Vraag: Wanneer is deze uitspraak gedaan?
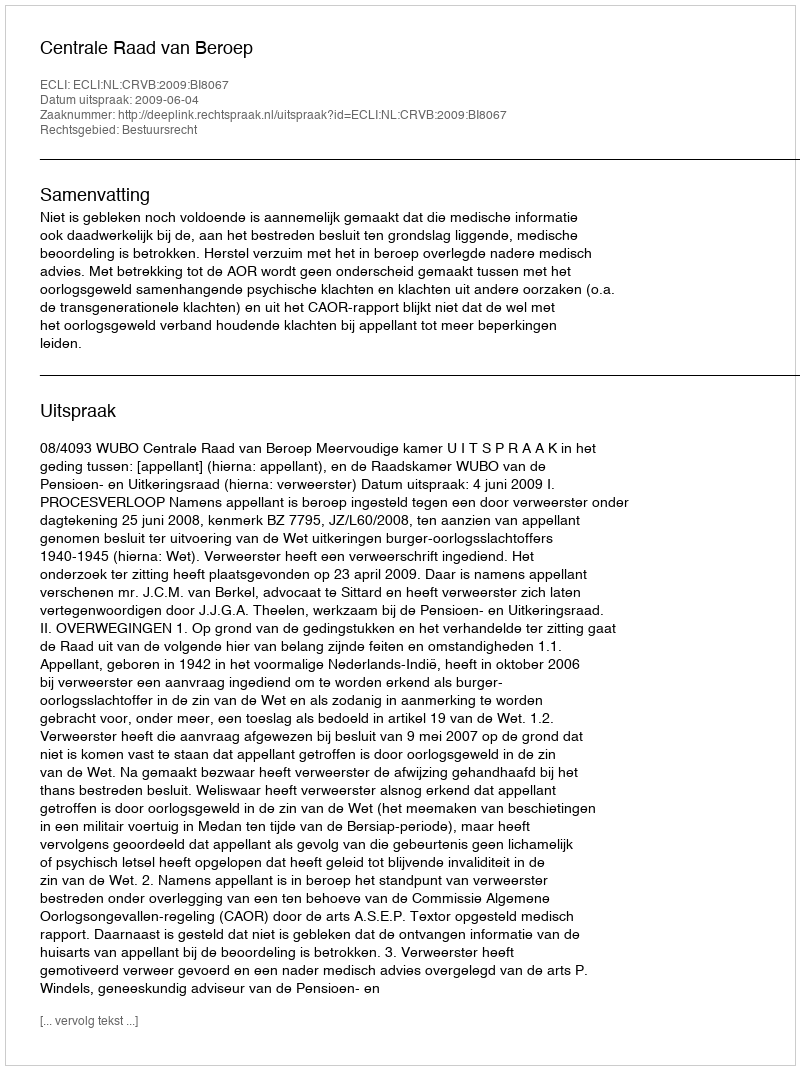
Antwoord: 2009-06-04